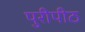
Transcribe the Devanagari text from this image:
पुरीपीठ